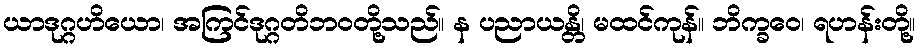
ယာဒုဂ္ဂဟိယော၊ အကြင်ဒုဂ္ဂတိဘဝတို့သည်။ န ပညာယန္တိ၊ မထင်ကုန်။ ဘိက္ခဝေ၊ ရဟန်းတို့။